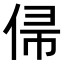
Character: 𬾙